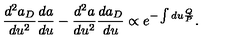
\frac { d ^ { 2 } a _ { D } } { d u ^ { 2 } } \frac { d a } { d u } - \frac { d ^ { 2 } a } { d u ^ { 2 } } \frac { d a _ { D } } { d u } \propto e ^ { - \int d u \frac { Q } { P } } .